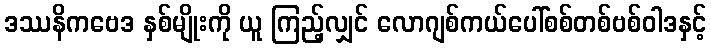
ဒဿနိကဗေဒ နှစ်မျိုးကို ယူ ကြည့်လျှင် လောဂျစ်ကယ်ပေါ်စစ်တစ်ဗစ်ဝါဒနှင့်